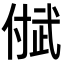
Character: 𬿐